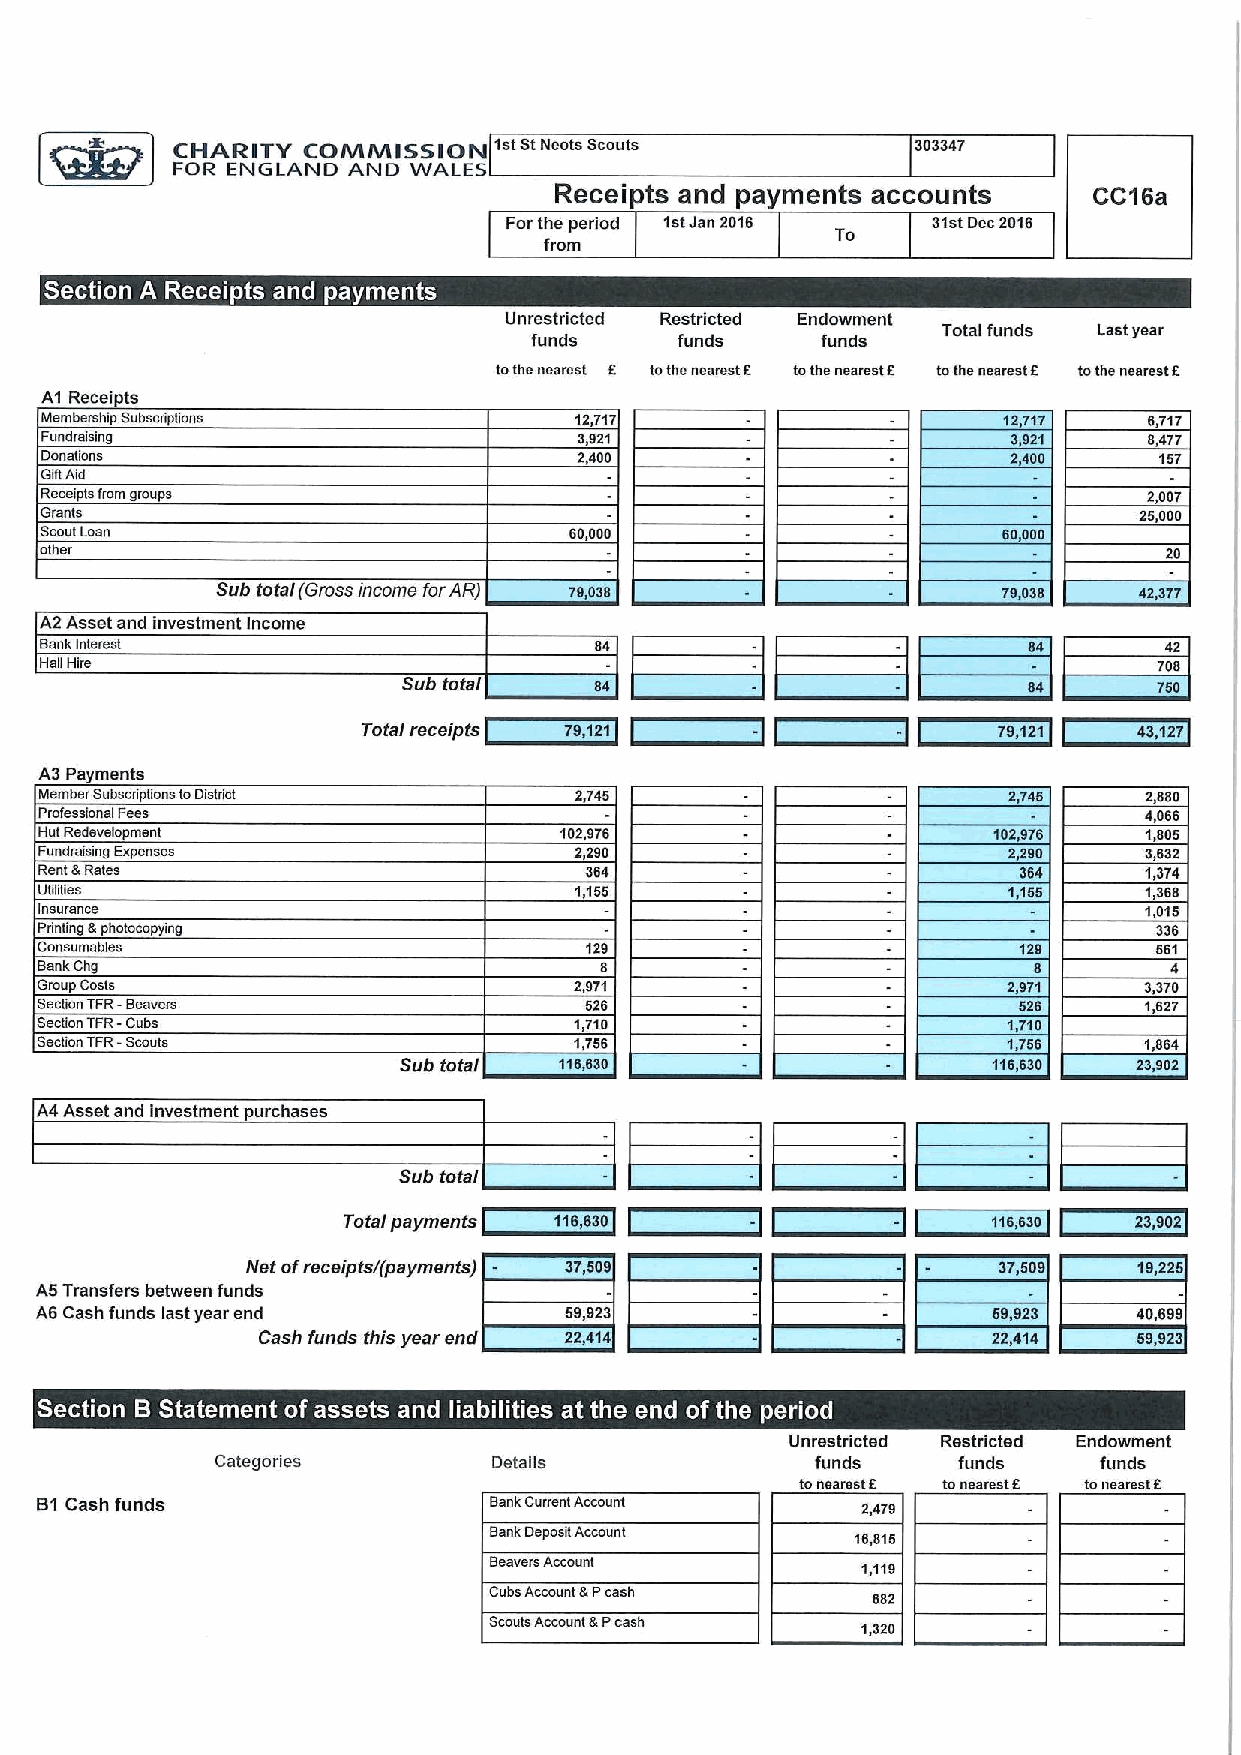
O
 CHARITY  COMMISSION"                              303347
 FOR ENGLAND AND WALES
 Receipts and payments accounts     CC&SB
 Forthe period 1stJan 2016   31stDec2016
 To
 from
 '       .
 ~       ~    ~ ~
 Unrestricted Restricted Endowment
 Total funds Lastyear
 funds     funds    funds
 tothe nearest E tothe nearest E tothe nearest E tothe nearest E tothe nearest E
 A1 Receipts
 Membership Subscriptions           12,717                      127'i7    6717
 Fundraising                        3,921                        3921     8477
 Donalrons                          2400                         2,400     157
 GiftAjd
 Receipts from groups                                                     2007
 Grants                                                                  25,000
 ScoutLoan                          60,000                      60000
 other                                                                     20
 Sub total (Gross income forAR) 79,038               ?9,038   42,377
 A2 Asset and investment Income
 Bank Interest
 Hall Hire
 Sub total   84
 Total receipts 78,121     ~        -      79,121   43,127
 A3 Payments
 Member Subscriptions toDistrict    2,745                        2,745    2,880
 Pmfesslonal Fees                                                         4,066
 Hut Redevelopment                 102,976                      102,976   1,805
 Fundraising Expenses               2,290                        2,280    3,632
 Rent &Rates                         364                                  1,374
 Utilities                          1,156                        1,158    1,368
 Insurance                                                                1,015
 Printing &photocopying                                                     336
 Consumables                          129                                   561
 BankChg
 Group Costs                         2,971                        2,971    3,370
 Sec0on?FR-Beavers                    526                         828      1,62?
 Seclion TFR-Cube                    1,710                        1,710
 Section?FR-Scouts                   1,756                        1,756    1,864
 Sub total  116,630                      116,630  23,902
 A4 Asset and investment purchases
 Sub total
 Total payments 116,630     -        -      Ms,eoO   23,902
 Net ofreceiptsf(payments) 37,508                  37,509   19,226
 A5Transfers between funds
 A6 Cash funds last year end        59,923                                40,699
 Cash funds this year end 22,414                  22,414   69.923
 ~  ~           ~ ~    ~  ~ ~
 Unrestricted Restricted Endowment
 Categories         Details              funds    funds     funds
 tonearestE tonearestr. tonearest E
 B1Cash funds                  Bank Current Account     2,479
 Bank Deposit Account     16,816
 Beavers Account          1,119
 Cube Account &Pcash
 682
 ScoutsAccount &Pcash
 1,320